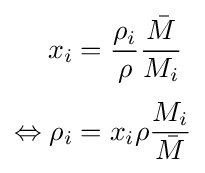
{\begin{aligned}x_{i}&={\frac {\rho _{i}}{\rho }}{\frac {\bar {M}}{M_{i}}}\\[3pt]\Leftrightarrow \rho _{i}&=x_{i}\rho {\frac {M_{i}}{\bar {M}}}\end{aligned}}